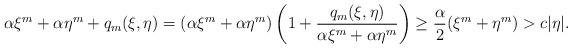
LaTeX: \begin{align*}\alpha \xi^{m}+\alpha \eta^{m}+q_{m}(\xi,\eta)=(\alpha \xi^{m}+\alpha \eta^{m})\left(1+\frac{q_{m}(\xi,\eta)}{\alpha \xi^{m}+\alpha \eta^{m}}\right )\geq \frac{\alpha}{2}( \xi^{m}+ \eta^{m})>c|\eta|.\end{align*}